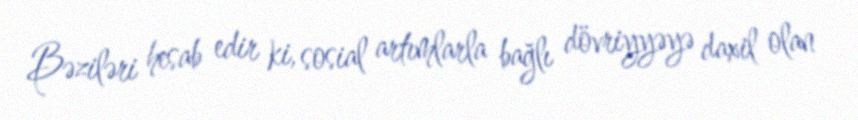
Bəziləri hesab edir ki, sosial artımlarla bağlı dövriyyəyə daxil olan